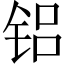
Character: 铝